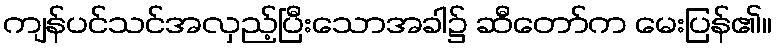
ကျန်ပင်သင်အလှည့်ပြီးသောအခါ၌ ဆီတော်က မေးပြန်၏။